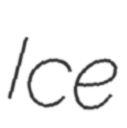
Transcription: Ice